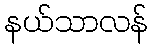
နယ်သာလန်